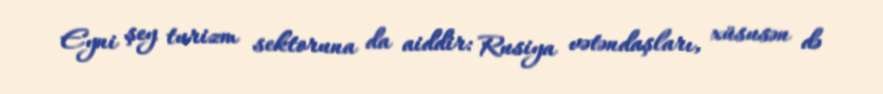
Eyni şey turizm sektoruna da aiddir: Rusiya vətəndaşları, xüsusən də